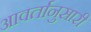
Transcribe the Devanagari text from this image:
आवर्तानुसारी